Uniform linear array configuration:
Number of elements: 64
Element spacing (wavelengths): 0.5
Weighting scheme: uniform
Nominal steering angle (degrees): -15
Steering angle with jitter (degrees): -16.824
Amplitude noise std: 0.05
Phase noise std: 0.05

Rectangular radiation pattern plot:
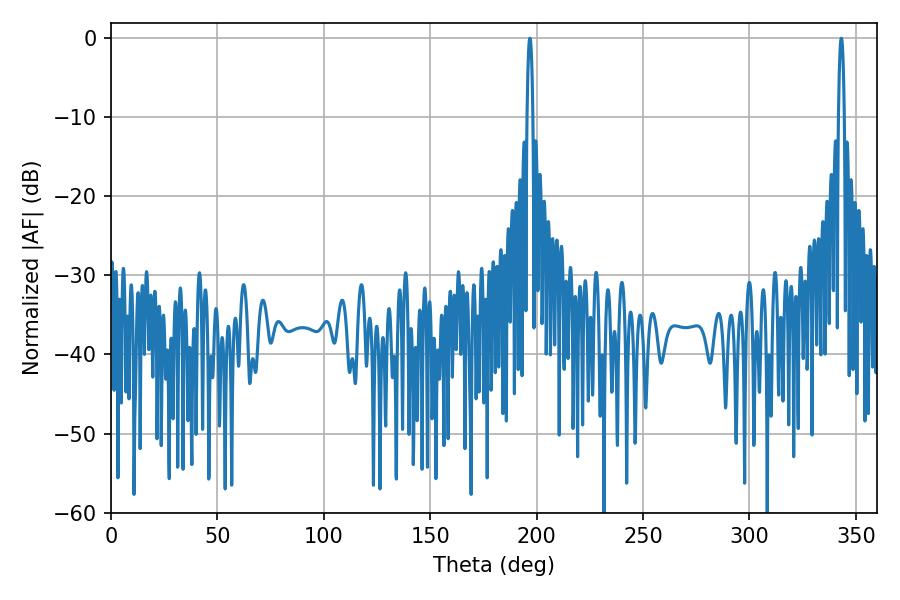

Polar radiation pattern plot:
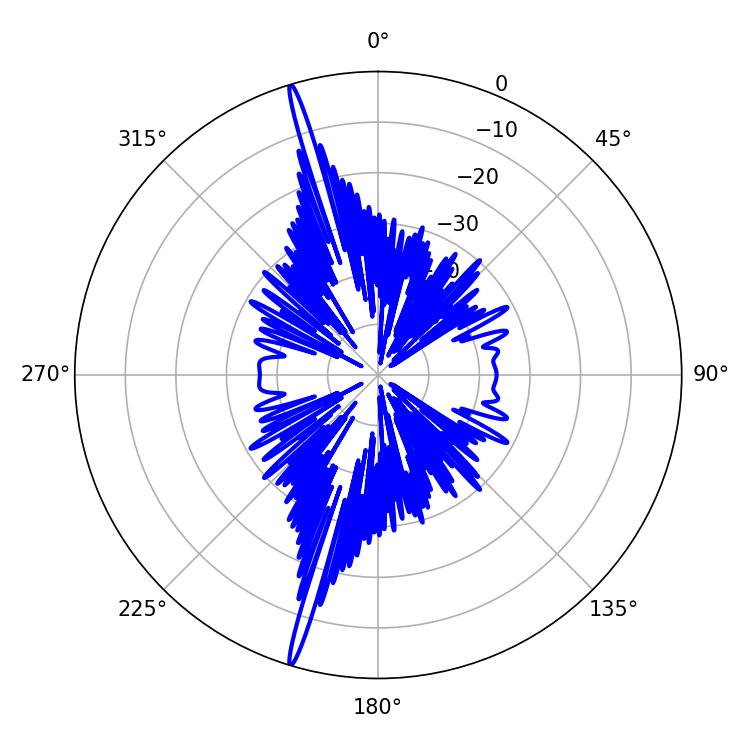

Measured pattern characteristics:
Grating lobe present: FALSE
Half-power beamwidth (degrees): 1.62
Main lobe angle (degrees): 196.74